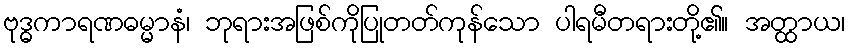
ဗုဒ္ဓကာရဏဓမ္မာနံ၊ ဘုရားအဖြစ်ကိုပြုတတ်ကုန်သော ပါရမီတရားတို့၏။ အတ္ထာယ၊